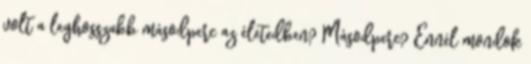
volt a leghosszabb másodperc az életedben? Másodperc? Ennél mondok